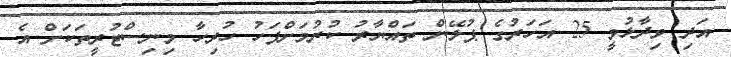
އަދި ވިދާޅުވީ 25 އަހަރުގެ ޕުލޭން ތައްޔާރު ކުރުމަށްފަހު ހުރިހާ މިނިސްޓުރީތަކަށް އެ